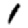
Digit: 1